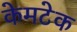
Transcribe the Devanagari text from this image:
केमटेक